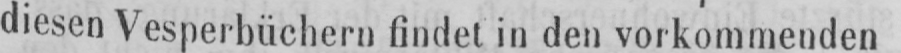
diesen Vesperbüchern findet in den vorkommenden